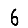
Digit: 6